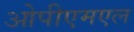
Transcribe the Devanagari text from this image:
ओपीएमएल